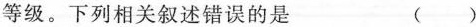
等级。下列相关叙述错误的是（）